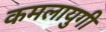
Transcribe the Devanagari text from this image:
कमलायुगी